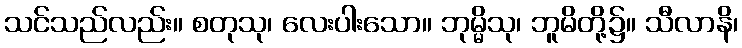
သင်သည်လည်း။ စတုသု၊ လေးပါးသော။ ဘုမ္မိသု၊ ဘူမိတို့၌။ သီလာနိ၊